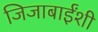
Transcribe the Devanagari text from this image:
जिजाबाईंशी